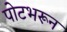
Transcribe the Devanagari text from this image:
पोटभरून